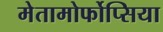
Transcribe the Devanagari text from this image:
मेतामोर्फोप्सिया